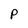
Character: p